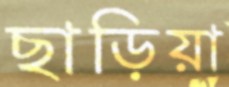
ছাড়িয়া